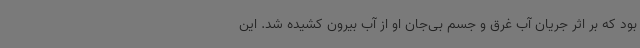
بود که بر اثر جریان آب غرق و جسم بی‌جان او از آب بیرون کشیده شد. این